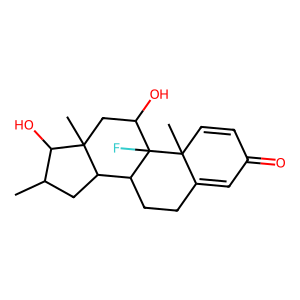
SMILES: CC1CC2C3CCC4=CC(=O)C=CC4(C)C3(F)C(O)CC2(C)C1O
Inhibits HIV replication: No